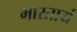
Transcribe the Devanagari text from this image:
भारतार्य